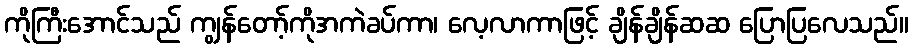
ကိုကြီးအောင်သည် ကျွန်တော့်ကိုအကဲခပ်ကာ၊ လေ့လာကာဖြင့် ချိန်ချိန်ဆဆ ပြောပြလေသည်။